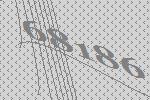
68186